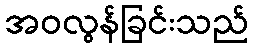
အဝလွန်ခြင်းသည်